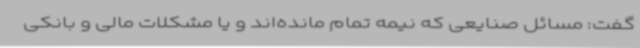
گفت: مسائل صنایعی که نیمه تمام مانده‌اند و یا مشکلات مالی و بانکی